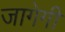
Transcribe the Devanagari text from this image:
जागेगी